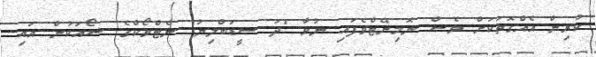
ކުރިން އެއްގޮތަކަށް ވެސް ނޮމިނޭޓްވެފައި ނުވާ "ދަ ސީޑަބްލިޔު" ނެޓްވޯކްގެ ޝޯއަކުން އައި